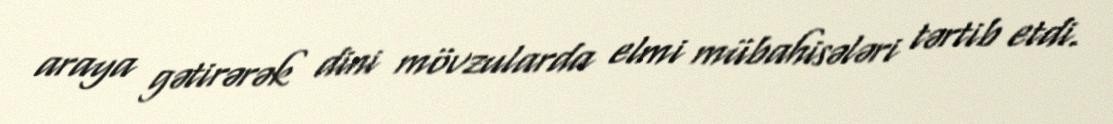
araya gətirərək dini mövzularda elmi mübahisələri tərtib etdi.